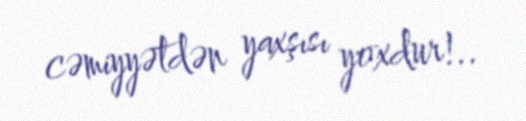
cəmiyyətdən yaxşısı yoxdur!..